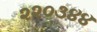
૨૨૦૩૪૪